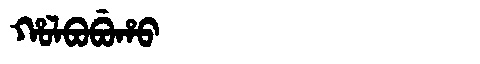
Manchu: ᡥᠣᠯᠪᠣᠪᡠᡥᠣ
Romanization: HOLBOBUHO